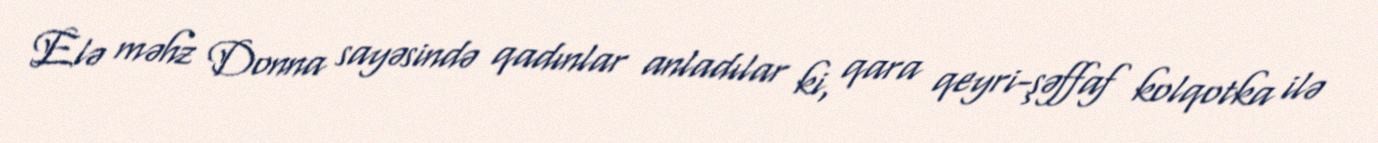
Elə məhz Donna sayəsində qadınlar anladılar ki, qara qeyri-şəffaf kolqotka ilə